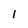
Character: 1